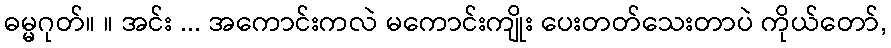
ဓမ္မဂုတ်။ ။ အင်း ... အကောင်းကလဲ မကောင်းကျိုး ပေးတတ်သေးတာပဲ ကိုယ်တော်,